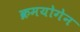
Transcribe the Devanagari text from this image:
क्रमयोगेन